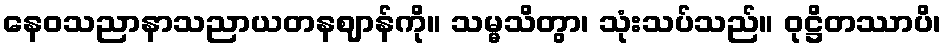
နေဝသညာနာသညာယတနဈာန်ကို။ သမ္မသိတွာ၊ သုံးသပ်သည်။ ဝုဋ္ဌိတဿာပိ၊